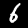
Digit: 6